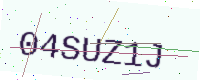
Text: 04SUZ1J